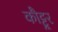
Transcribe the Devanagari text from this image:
कौट्टूर